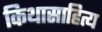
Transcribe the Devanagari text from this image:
किथासाहित्य